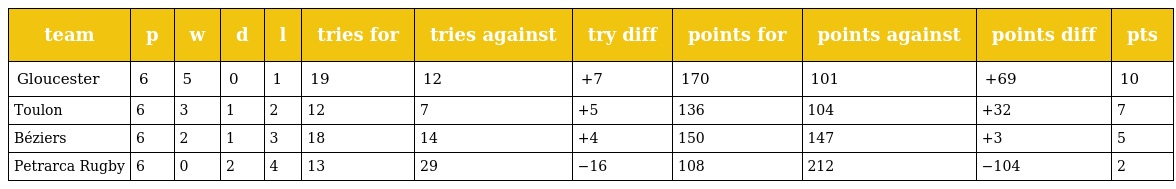
| team | p | w | d | l | tries for | tries against | try diff | points for | points against | points diff | pts |
 | --- | --- | --- | --- | --- | --- | --- | --- | --- | --- | --- | --- |
 | Gloucester | 6 | 5 | 0 | 1 | 19 | 12 | +7 | 170 | 101 | +69 | 10 |
 | Toulon | 6 | 3 | 1 | 2 | 12 | 7 | +5 | 136 | 104 | +32 | 7 |
 | Béziers | 6 | 2 | 1 | 3 | 18 | 14 | +4 | 150 | 147 | +3 | 5 |
 | Petrarca Rugby | 6 | 0 | 2 | 4 | 13 | 29 | −16 | 108 | 212 | −104 | 2 |